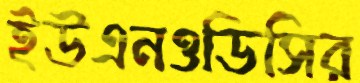
ইউএনওডিসির